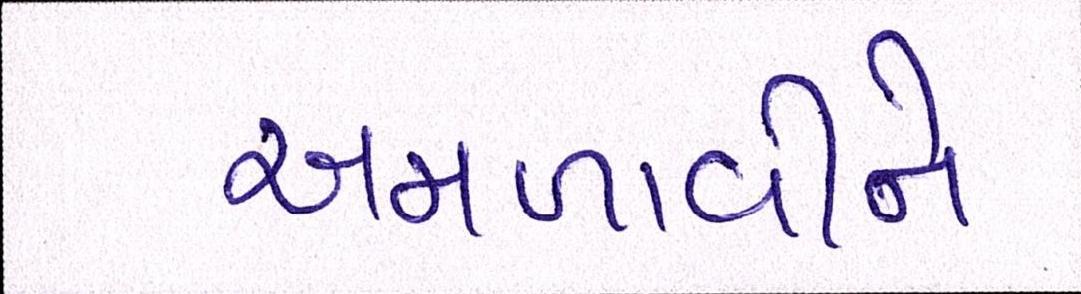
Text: અમળાવીને